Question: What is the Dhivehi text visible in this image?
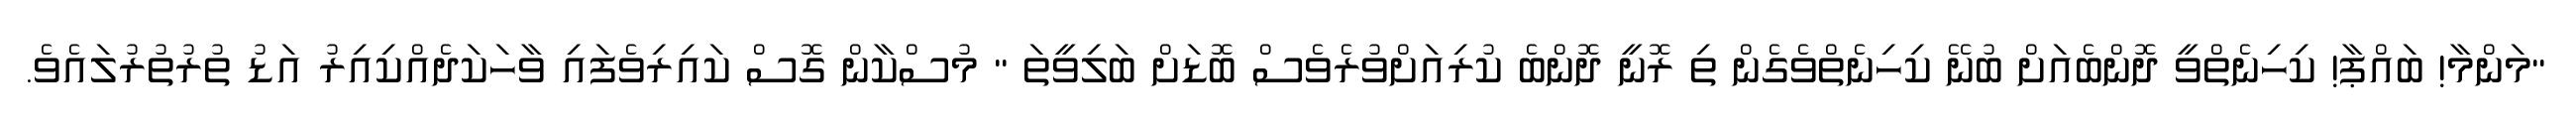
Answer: "މަންމާ! ބައްޕާ! ކިހިނެތްވީ ދޮންބެއަށް ބުނޭ ކިހިނެތްވެގެން ތި ރޮނީ ދޮންބެ ކުރިއަށްވުރެވެސް ބޮޑަށް ބަލިވީތަ " މުސްކާން ގޮސް ކައިރިވެފައި ވާހަކަދެއްކިއިރު އަޑު ތުރުތުރުލައެވެ.